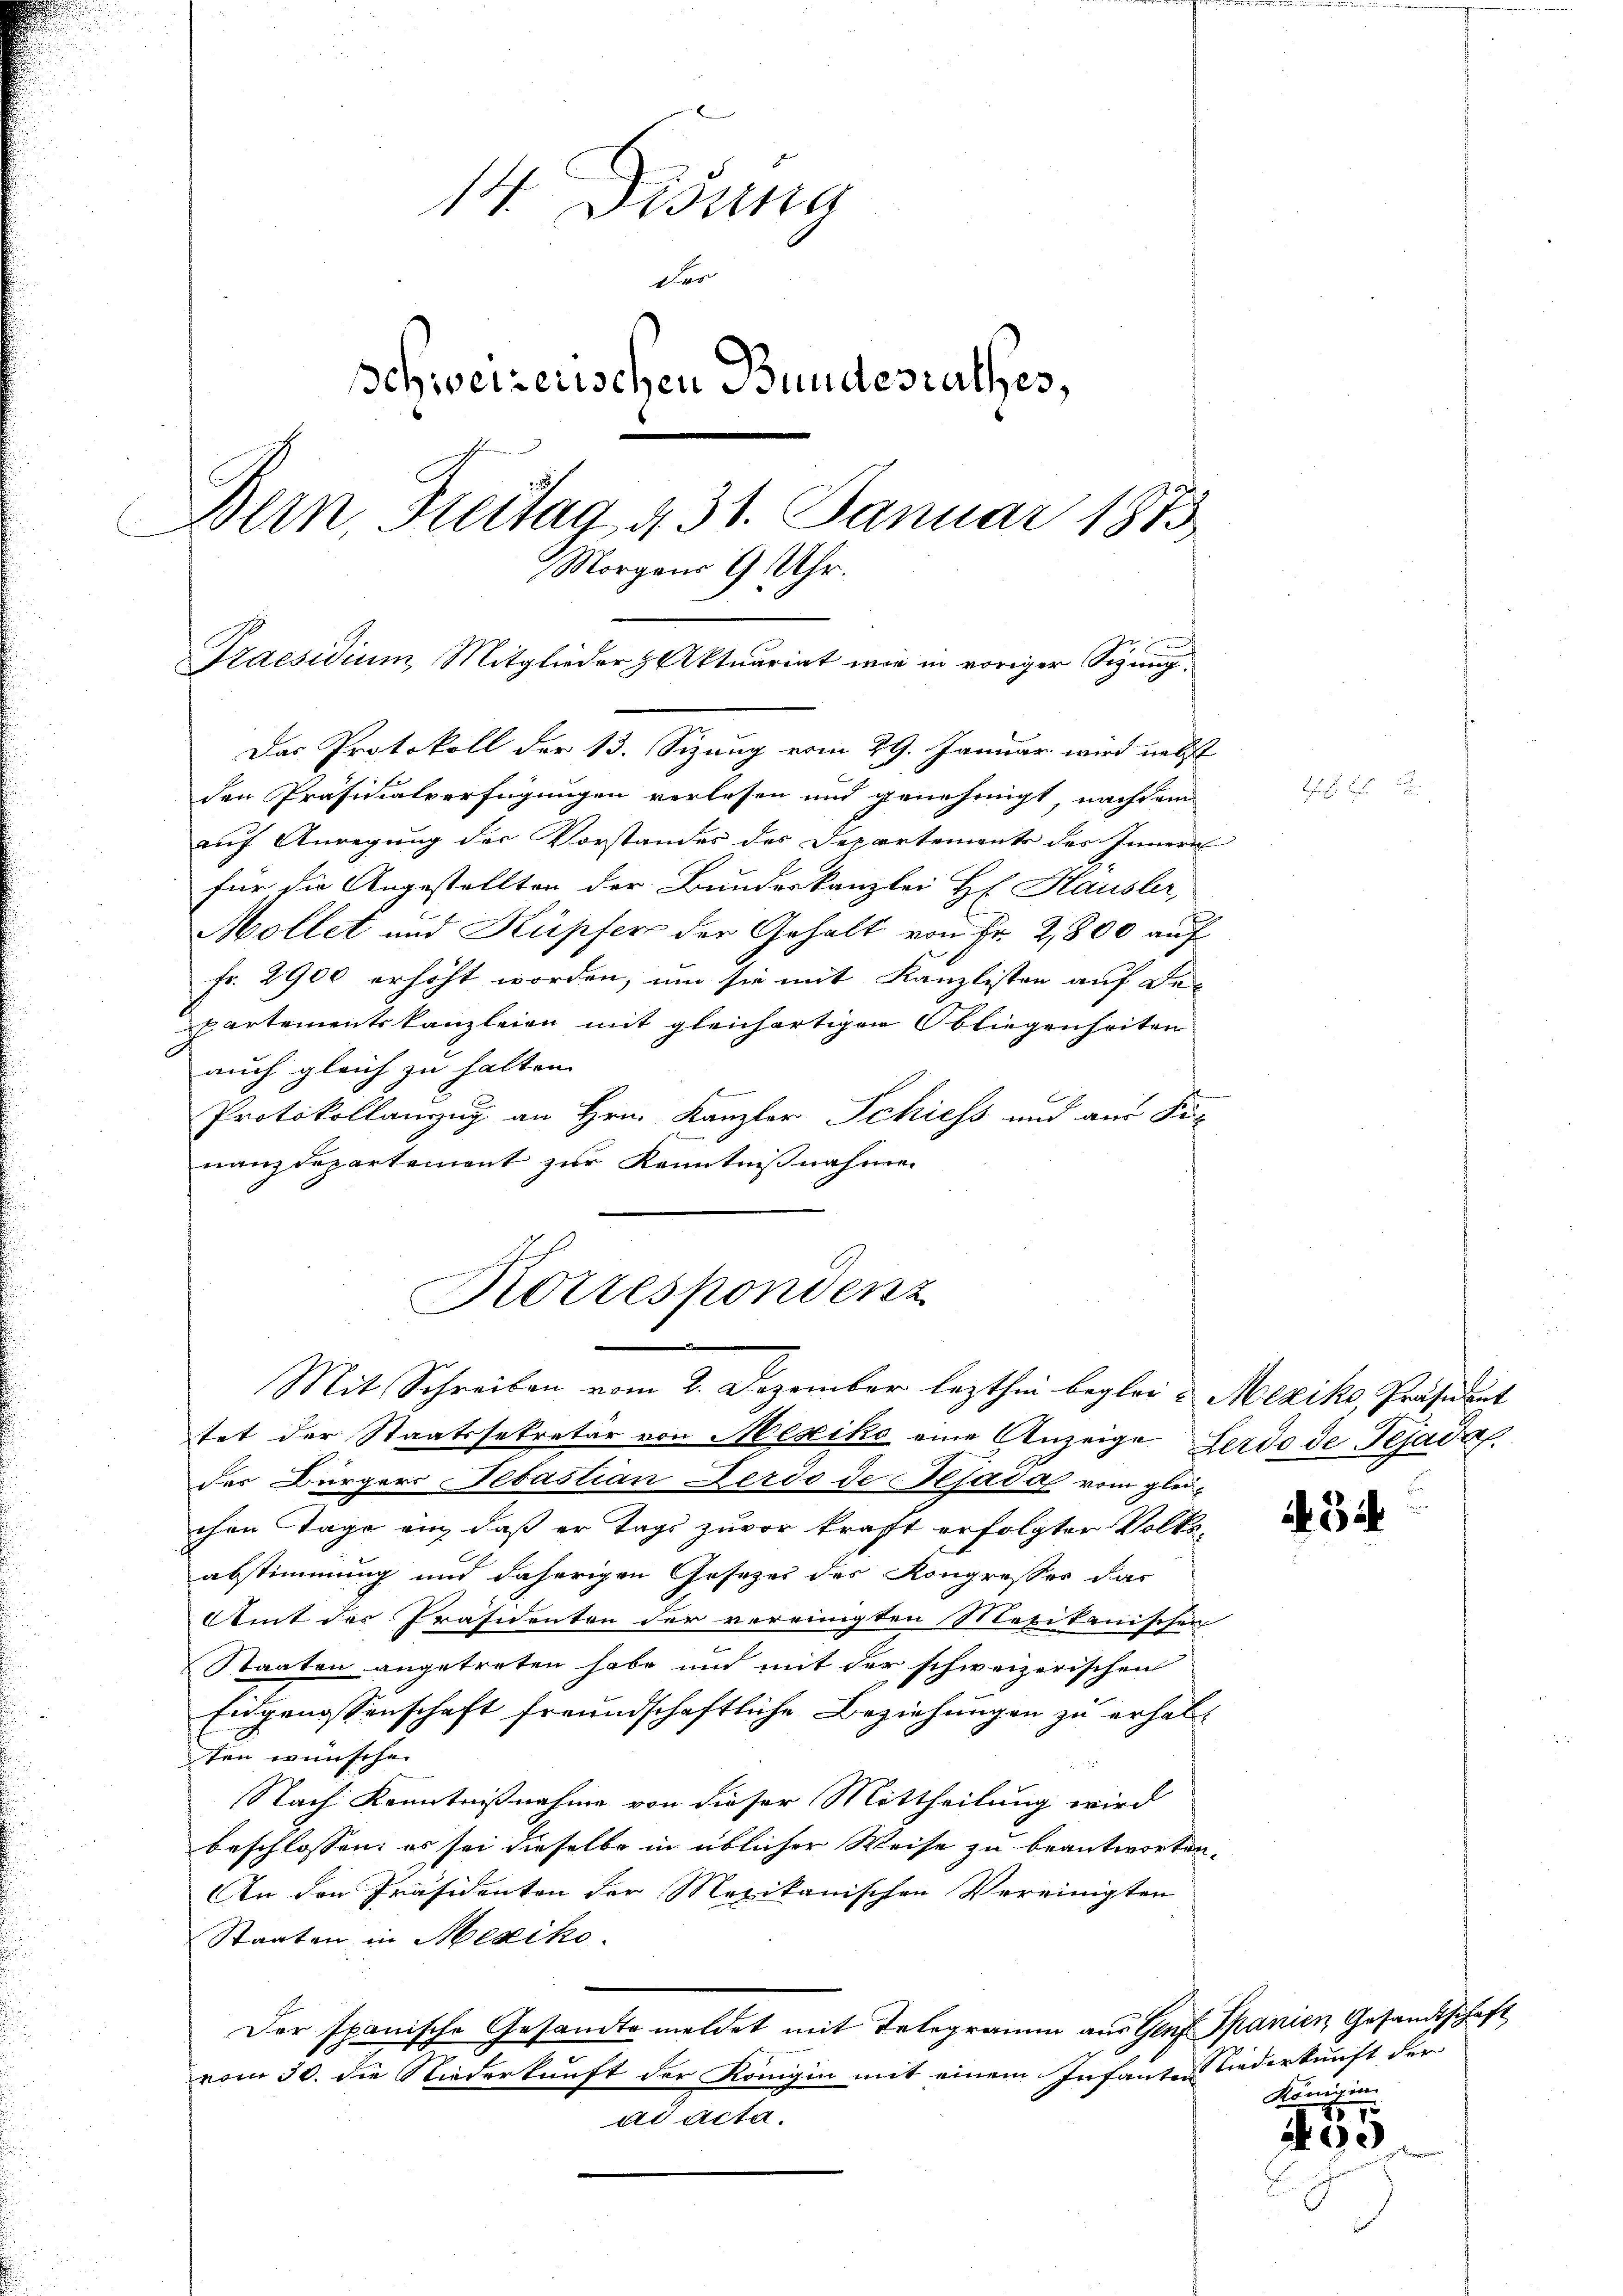
14. Disena
d
Schweizerischen Bundesrathes,
Bern, Freitag 431. Januar 1873
Morgens 9 Uhr.
.
Praesidium, Mitglieder Aktuariat wie in voriger Sigung.

Das Protokoll der 13. Sizung vom 29. Januar wird nebst
den Präsidialverfügungen verlesen und genehmigt, nachdem
auf Anregung der Vorstandes des Departements des Innern
für die Angestellten der Bundeskanzlei Hr. Hausler,
Mollet und Kupfer der Gehalt von Fr. 2800 auf
fr. 2900 erhöht worden, um sie mit Kanzlisten auf den
partementskanzleien mit gleichartigen Obliegenheiten
auch gleich zu halten.
s
Protokollauzug an Hrn. Kanzler Schiess und aus Sop
nanzdepartement zur Kenntnißnahmen
tet der Staatssekretär von Mexiko eine Anzeige Ferdo de Fejava
der Bürgers Sebastian Ferdo de Bejada vom gleichen Tage ein, daß er Tags zuvor kraft erfolgter Volkeabstimmung und daherigen Gesezes des Kongresses das
Amt des Präsidenten der vereinigten Mexikanischen
Staaten angetreten habe und mit der schweizerischen
Eidgenossenschaft freundschaftliche Beziehungen zu erhalten wünsche
Nach Kenntnißnahme von dieser Mittheilung wird
beschlossen: es sei dieselbe in üblicher Weise zu beantworten.
An den Präsidenten der Mexikanischen Vereinigten
Staaten in Mexiko
Der spanische Gesandte meldet mit Telegramm aus Genf Spanien Gesandtschaft
vom 30. die Niederkunft der Königin mit einem Infanten Niederkunft der
ad Acta.

Korrespondenz
Mit Schreiben vom 2. Dezember lezthin beglei & Mexiko, Präsident

134

Königin

1575
100